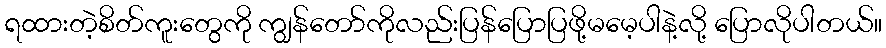
ရထားတဲ့စိတ်ကူးတွေကို ကျွန်တော်ကိုလည်းပြန်ပြောပြဖို့မမေ့ပါနဲ့လို့ ပြောလိုပါတယ်။